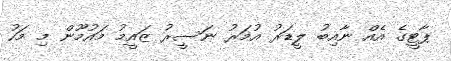
ޕާޓީގެ އެއް ނާއިބު ލީޑަރު އުމަރު ނަސީރު ޒައީމު މައުމޫން މި މަހު